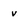
Character: v